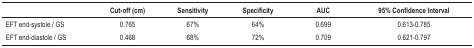
<table><thead><tr><td><b> </b></td><td><b>Cut-off (cm)</b></td><td><b>Sensitivity</b></td><td><b>Specificity</b></td><td><b>AUC</b></td><td><b>95% Confidence Interval</b></td></tr></thead><tbody><tr><td>EFT end-systole / GS</td><td>0.765</td><td>67%</td><td>64%</td><td>0.699</td><td>0.613-0.785</td></tr><tr><td>EFT end-diastole / GS</td><td>0.468</td><td>68%</td><td>72%</td><td>0.709</td><td>0.621-0.797</td></tr></tbody></table>